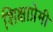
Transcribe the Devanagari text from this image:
शिक्षाप्रेमी